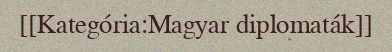
[[Kategória:Magyar diplomaták]]